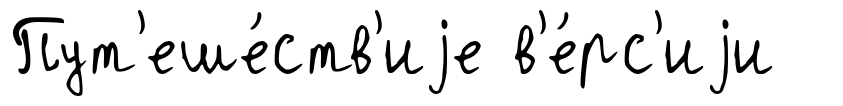
Пут'еше́ств'иjе в'е́рс'иjи